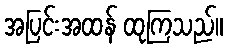
အပြင်းအထန် ထုကြသည်။